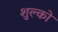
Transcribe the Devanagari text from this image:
शुल्को